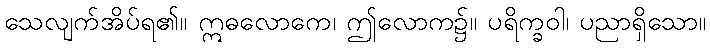
သေလျက်အိပ်ရ၏။ ဣဓလောကေ၊ ဤလောက၌။ ပရိက္ခဝါ၊ ပညာရှိသော။